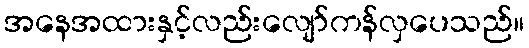
အနေအထားနှင့်လည်းလျော်ကန်လှပေသည်။